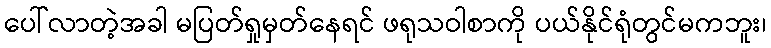
ပေါ်လာတဲ့အခါ မပြတ်ရှုမှတ်နေရင် ဖရုသဝါစာကို ပယ်နိုင်ရုံတွင်မကဘူး၊